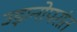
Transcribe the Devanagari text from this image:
उड़ानोपरांत